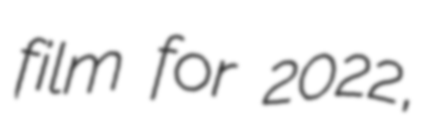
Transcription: film for 2022,